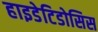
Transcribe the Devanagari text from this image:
हाइडेटिडोसिस